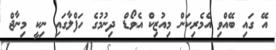
އޭ ގައި ބޭއްވި އެމެރިކަން މިއުޒިކް އެވޯޑް ދިނުމުގެ ހަފްލާގައި ނިކީ މިނާޖް